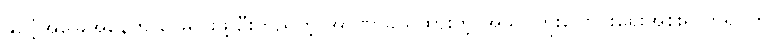
နိုင်ငံ့အခြေအနေကို ဖြေရှင်းဖို့ ဦးတည်တဲ့ အာဏာခွဲယူထားတဲ့ အသွင်ကူးပြောင်းရေးအစိုးရ တရပ်ကို